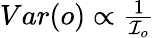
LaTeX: \begin{array}{r}{Var(o)\propto\frac{1}{\mathcal{I}_{o}}}\end{array}